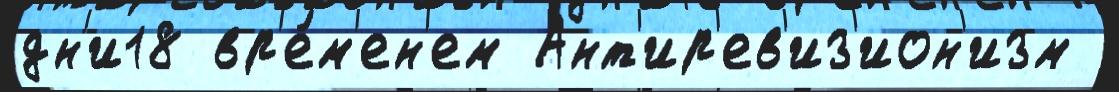
дн'и18 вр'е́м'ен'ем Ант'ир'ев'из'ион'изм